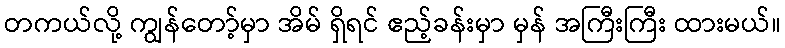
တကယ်လို့ ကျွန်တော့်မှာ အိမ် ရှိရင် ဧည့်ခန်းမှာ မှန် အကြီးကြီး ထားမယ်။